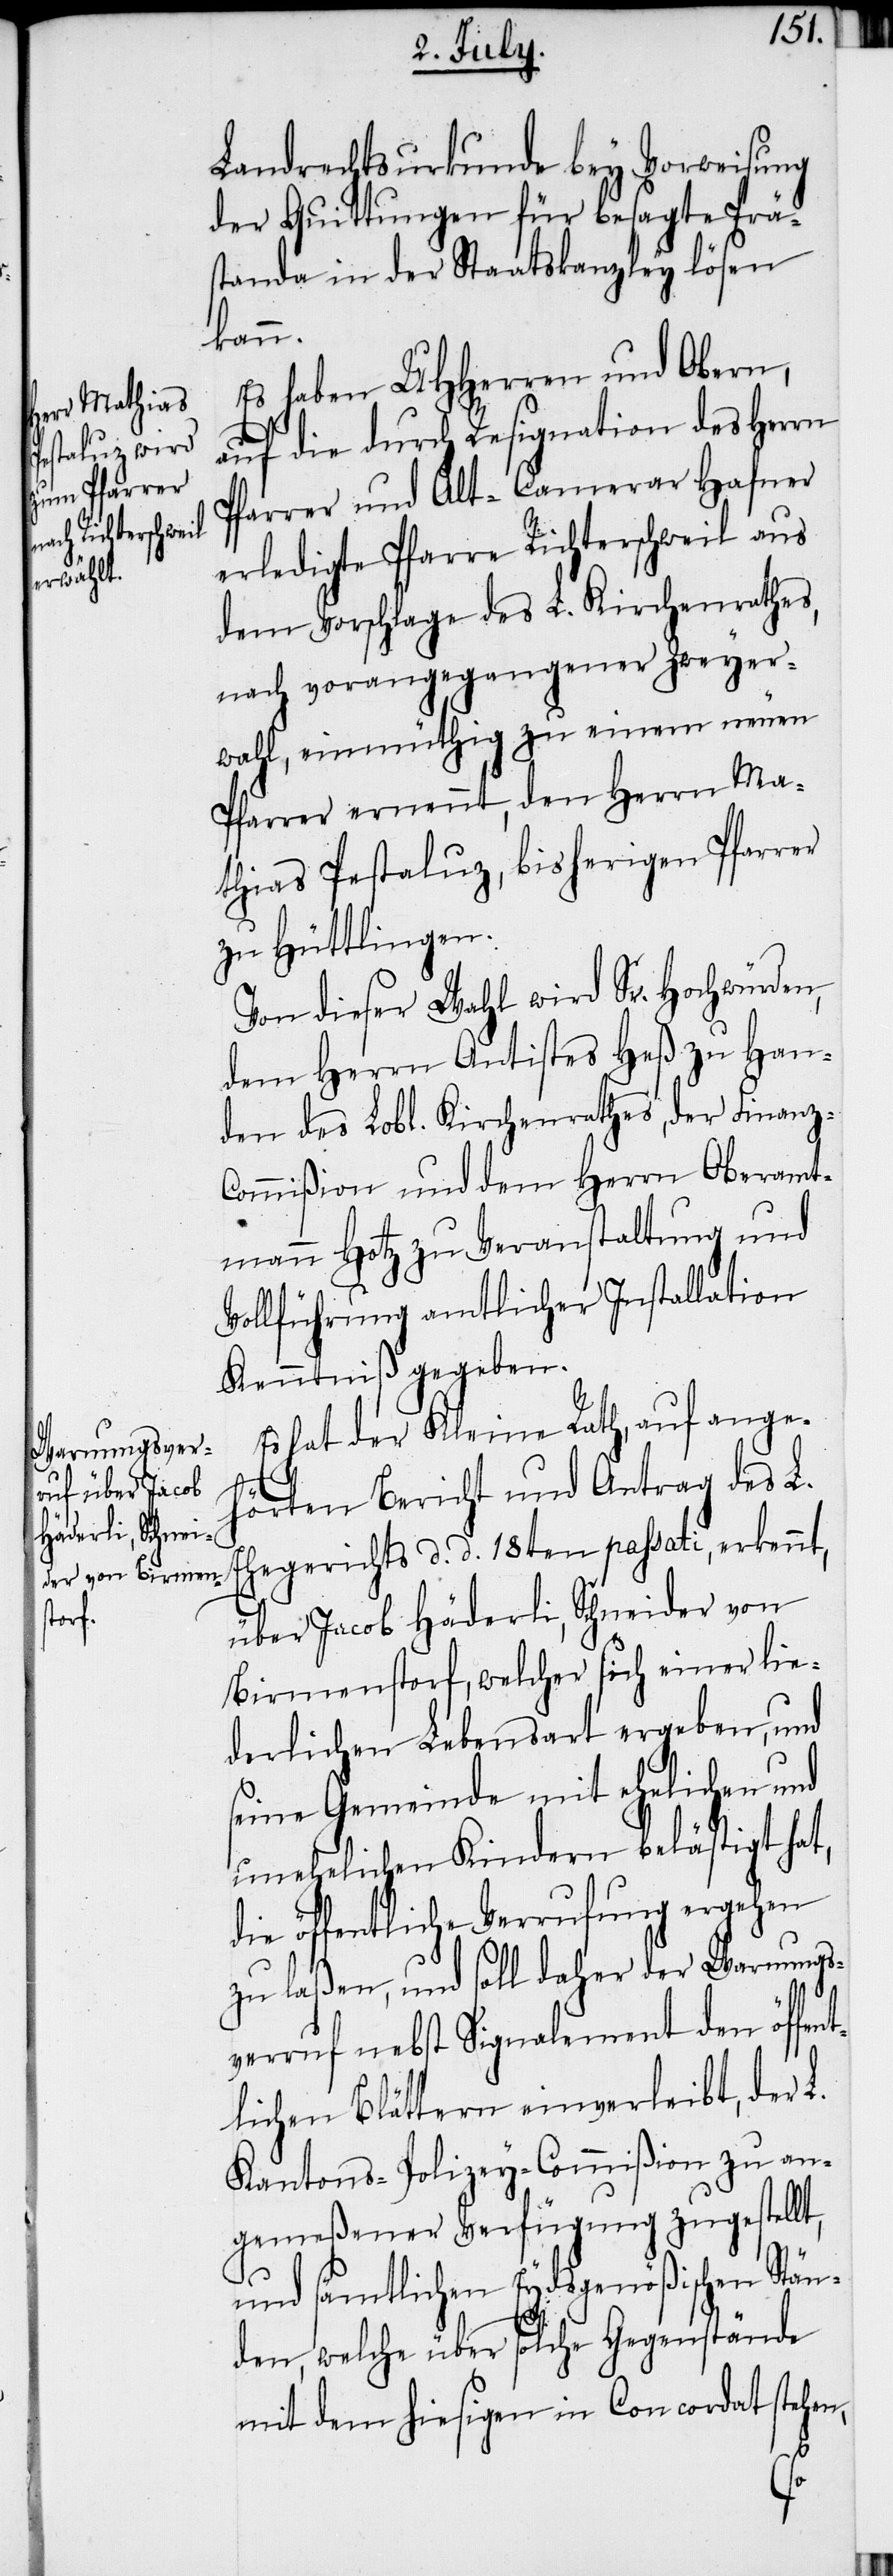
Landrechtsurkunde bey Vorweisung
der Quittungen für besagte Prä¬
standa in der Staatskanzley lösen
Stän¬
Es haben UHHerren und Obern,
auf die durch Resignation des Herrn
Pfarrer und Alt-Camerar Hafner
erledigte Pfarre Richterschweil aus
dem Vorschlage des L. Kirchenrathes,
nach vorangegangener Zweyer¬
wahl, einmüthig zu einem neuen
Pfarrer ernennt, den Herrn Ma¬
thias Pestaluz, bisherigen Pfarrer
zu Hüttlingen.
Von dieser Wahl wird Sr. Hochwürden,
dem Herrn Antistes Heß zu Han¬
den des Lobl. Kirchenrathes, der Finanz-C¬
ommißion und dem Herrn Oberamt¬
mann Hotz zu Veranstaltung und
Vollführung amtlicher Installation
Kenntniß gegeben.
Es hat der Kleine Rath, auf ange¬
hörten Bericht und Antrag des L.
Ehegerichts d. d. 18ten passati, erkennt,
über Jacob Häderli, Schneider von
Birmenstorf, welcher sich einer lie¬
derlichen Lebensart ergeben, und
seine Gemeinde mit ehelichen und
unehelichen Kindern belästigt hat,
die öffentliche Verrufung ergehen
zu laßen, und soll daher der Warnungs¬
verruf nebst Signalement den öffen¬
tlichen Blättern einverleibt, der L.
Kantons-Polizey-Commißion zu an¬
gemeßener Verfügung zugestellt,
und sämtlichen Eydsgenößischen
den, welche über solche Gegenstände
mit dem hiesigen in Concordat stehen,